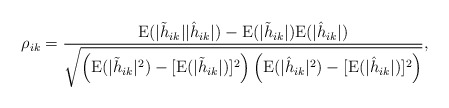
\begin{align*}\rho_{ik} =\frac {\text E (|\tilde h_{ik}| |\hat h_{ik}| ) -\text E(|\tilde h_{ik}|) \text E(|\hat h_{ik}|) } { \sqrt{ \left(\text E( |\tilde h_{ik}|^2 ) - [\text E (|\tilde h_{ik}|)]^2 \right) \left( \text E( |\hat h_{ik}|^2 ) - [\text E (|\hat h_{ik}|)]^2 \right) }}, \end{align*}